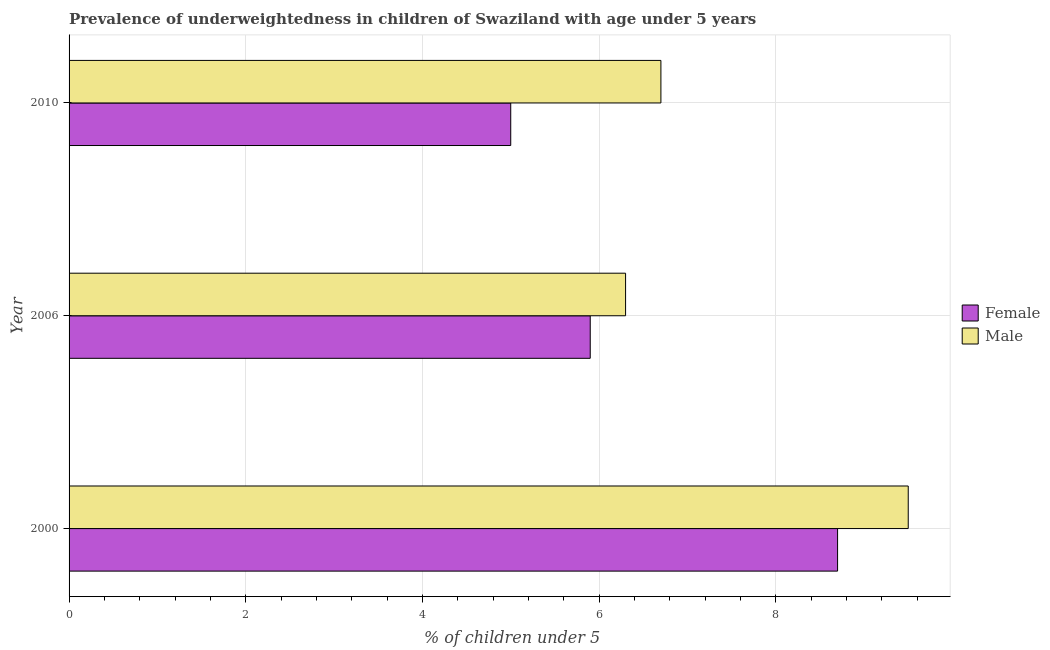
| Year | Female | Male |
 | --- | --- | --- |
 | 2000 | 8.7 | 9.5 |
 | 2006 | 5.9 | 6.3 |
 | 2010 | 5 | 6.7 |